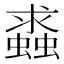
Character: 𧒔